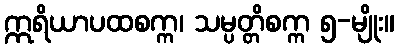
ဣရိယာပထစက္က၊ သမ္ပတ္တိစက္က ၅-မျိုး။